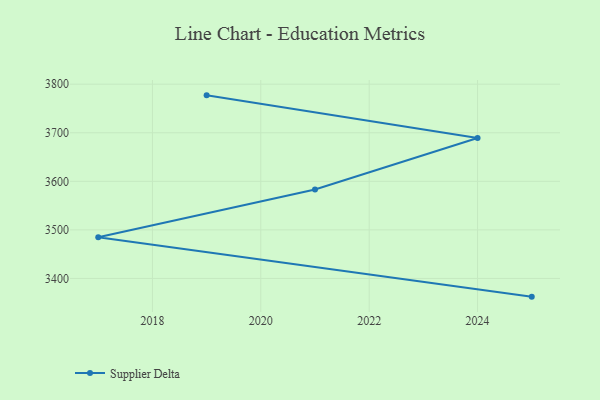
{"axis": {"x": "Year", "y": "Customer Acquisition Cost (USD)"}, "legend": ["Supplier Delta"], "data": [{"x": "2019", "y": 3777.0, "type": "Supplier Delta"}, {"x": "2024", "y": 3689.1, "type": "Supplier Delta"}, {"x": "2021", "y": 3583.1, "type": "Supplier Delta"}, {"x": "2017", "y": 3485.0, "type": "Supplier Delta"}, {"x": "2025", "y": 3362.5, "type": "Supplier Delta"}]}